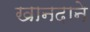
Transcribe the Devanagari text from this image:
खानदाने